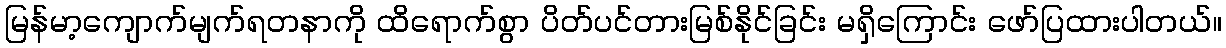
မြန်မာ့ကျောက်မျက်ရတနာကို ထိရောက်စွာ ပိတ်ပင်တားမြစ်နိုင်ခြင်း မရှိကြောင်း ဖော်ပြထားပါတယ်။